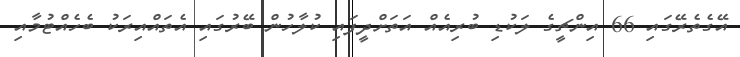
އޭގެތެރޭގައި 66 އިންޗީގެ ލަކުޑި ބުރިއެއް އަތަށްދީފައި ކުލާހުން ބޭރުގައި އެތައްއިރަކު ބެހެއްޓުމާއި